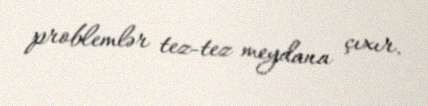
problemlər tez-tez meydana çıxır.